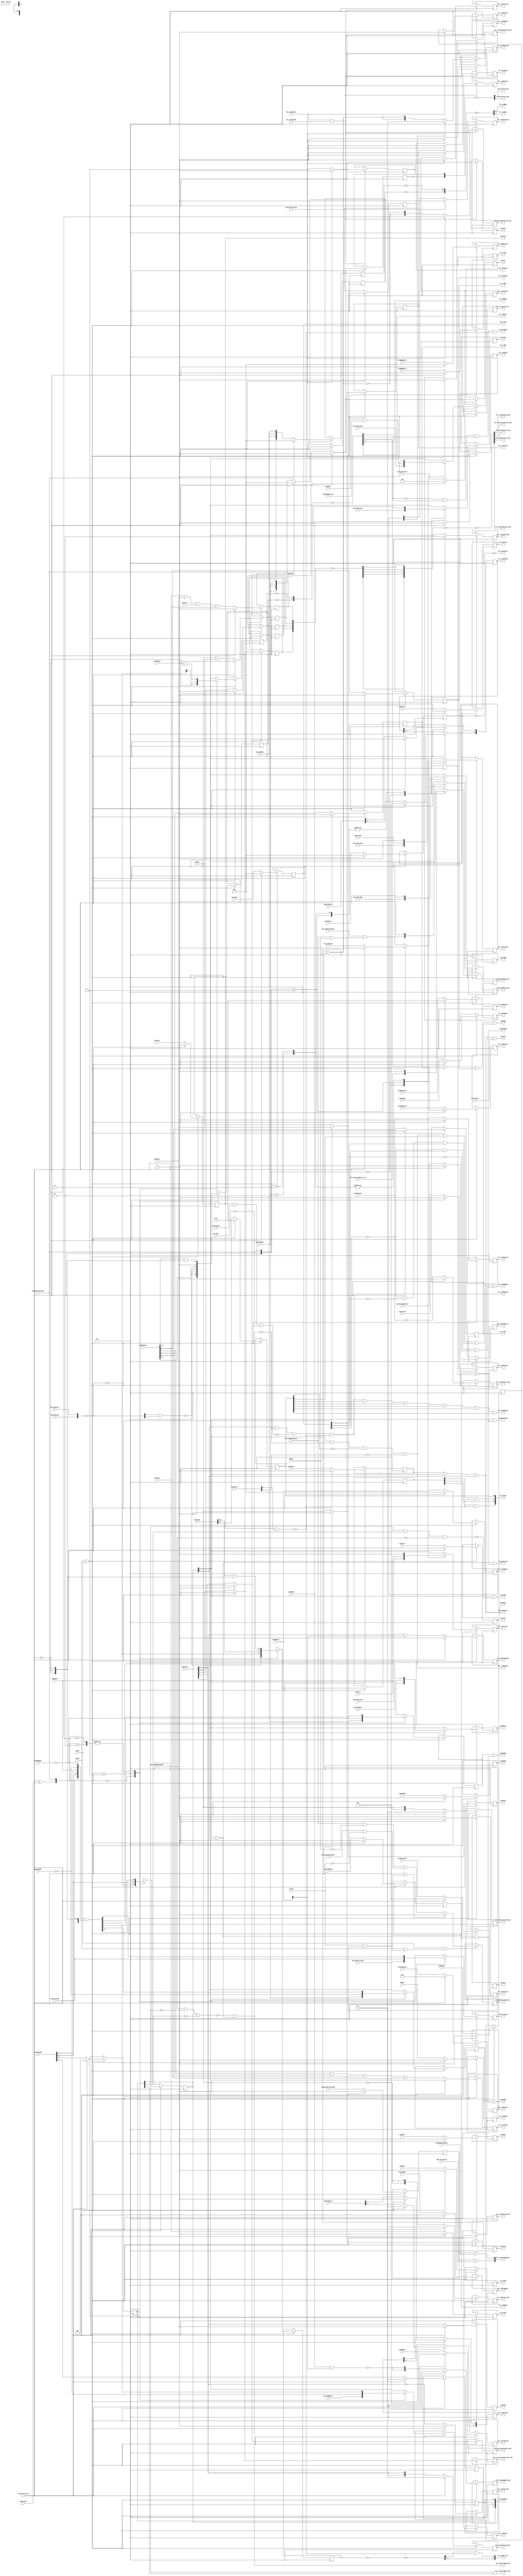
// 
// ************************************************************************** 
// 
//  Copyright (c) International Business Machines Corporation, 2005. 
// 
//  This file contains trade secrets and other proprietary and confidential 
//  information of International Business Machines Corporation which are 
//  protected by copyright and other intellectual property rights and shall 
//  not be reproduced, transferred to other documents, disclosed to others, 
//  or used for any purpose except as specifically authorized in writing by 
//  International Business Machines Corporation. This notice must be 
//  contained as part of this text at all times. 
// 
// ************************************************************************** 
//
// 
module p405s_exeStage (PCL_dcuOp, PCL_dsMmuOp, PCL_exeAdmCntl, PCL_exeCmplmntA, PCL_exeApuOp,
           PCL_exeCpuOp, PCL_exeWrExtEn, PCL_exeLogicalCntl, PCL_exePrivOp,
           PCL_exeSprDataEn_NEG, PCL_exeSrmCntl, PCL_exeXerCaEn, PCL_exeXerOvEn, PCL_icuOp,
           PCL_ldNotSt, PCL_mfSPR, PCL_mtSPR, PCL_nopStringIndexed, PCL_tlbRE, PCL_tlbSX,
           PCL_tlbWE, PCL_tlbWS, exeFull, exeLSSMIURA, exeMfdcr, exeMtdcr, exeRpWrEn,
           exeXerTBCUpdInstr, APU_dcdPrivOp, CB, EXE_xerTBCNotEqZero, APU_dcdApuOp,
           plaVal, dcdRegBit20, dcdXerTBCUpdInstr, exeClearOrFlush, exeE1, exeE2, gtErr,
           plaAdmCntl, plaAddEn, plaCmplmntA, plaDcuOp, plaEaCalc, plaIcuOp, plaWrExtEn,
           plaLSSMIURA, plaLdNotSt, plaLogicalCntl, plaMfdcr, plaMfspr, plaMmuCode,
           plaMtdcr, plaMtspr, plaOeCk, plaPriv, plaRpWrEn, plaSrmCntl, plaUnitEn,
           plaXerCaEn, nxtExeFull, exeStorageOp, plaLwarx, plaStwcx, exeLwarx, exeStwcx,
           NplaApRdEn, NplaBpRdEn, plaSpRdEn, exeApRdEn, exeBpRdEn, exeSpRdEn, plaWrtee,
           PCL_exeWrtee, APU_dcdLoad, APU_dcdStore, APU_dcdUpdate, APU_dcdFpuOp, exeApuFpuOp,
           exeApuFpuLoad, PCL_exe2DataE1, PCL_exe2DataE2, exe2ClearOrFlush, exe2Full,
           PCL_exeNegMac, PCL_exeFpuOp, dcdApuValidOp_NEG, APU_dcdGprWr, PCL_exeApuValidOp,
           plaMac, plaNegMac, exeRpEqexe2RpAddr, PCL_exe2AccRegMuxSel, PCL_exe2NegMac,
           PCL_exe2MacEn, PCL_exe2MultEn, PCL_exe2MultHiWd, PCL_exe2XerOvEn, PCL_exeRbEn,
           PCL_exeDbgRdOp, PCL_exeDbgWrOp, APU_dcdXerCAEn, APU_dcdXerOVEn, dcdMmuSprDcd,
           PCL_mmuSprDcd, exeStrgSt, PCL_exeMultEn, PCL_exeDivEn, PCL_exeLogicalUnitEn_NEG,
           PCL_exeSrmUnitEn_NEG, PCL_exeSprUnitEn_NEG, exeEaCalc, PCL_exeAddEn, PCL_exeMacEn,
           PCL_exeRaEn, PCL_exeStringMultiple, plaGateZeroToAccReg, dcdSecOpBit21L2,
           dcdRSRTL2, PCL_exeTrapCond, exeLoadQ, plaMacSat, PCL_exe2MacSat, exeMmuOp,
           PCL_Rbit, plaSrmBpSel, PCL_exeSrmBpSel, PCL_exe2SignedOp, exeMultEn,
           exeMacEn, PCL_exeDbgLdOp, PCL_exeDbgStOp, APU_dcdRaEn, APU_dcdRbEn,
           APU_dcdForceAlgn, APU_dcdExeLdDepend, exeDivEn, APU_dcdWbLdDepend,
           APU_dcdLwbLdDepend, exeApuExeWbLdUseL2, exeApuExeLwbLdUseL2, PCL_exeMultEn_NEG,
           PCL_exeDivEnForMuxSel, PCL_exeCmplmntA_NEG, PCL_exe2MacOrMultEn_NEG,
           PCL_exe2MacOrMultEnForMS, PCL_exeMultEnForMuxSel, wbHold, ltchDA,
           PCL_exeEaCalc, plaApuLdSt, exeForceAlgn, dcdIcuSprDcd, dcdTimSprDcd,
           PCL_icuSprDcds, PCL_timSprDcds, dcdDbgSprDcd, dcdExeSprDcd, dcdVctSprDcd,
           PCL_dbgSprDcds, PCL_exeSprDcds, PCL_vctSprDcds, resetL2, plaForceAlgn,
           PCL_exeAddSgndOp_NEG, PCL_exeDivSgndOp, PCL_exeDivEn_NEG, PCL_dcuOp_early,
           exeFullForE1_NEG, exe2FullForE1_NEG, APU_dcdTrapLE, APU_dcdTrapBE,
           APU_dcdForceBESteering, exeTrapLE, exeTrapBE, exeForceBESteering,
           PCL_exeMacOrMultEn_NEG, plaMtcrf, LSSD_coreTestEn,
           PCL_exeDivEnForLSSD, IFB_dcdFull, countE1, PCL_exeSrmUnitEnForLSSD,
           exeApuFpuLdSt, PCL_exeLogicalUnitEnForLSSD, exeStrgStC0, PCL_exeTlbOp,
           dcdJtgSprDcd, PCL_jtgSprDcd);
    output [0:11] PCL_dcuOp;
    output [0:7] PCL_exeLogicalCntl;
    output [0:7] exeLSSMIURA;
    output [0:1] PCL_exe2AccRegMuxSel;
    output [0:3] PCL_exeAdmCntl, PCL_exeSrmCntl, PCL_dsMmuOp, PCL_icuOp;
    output [0:3] PCL_exeRbEn, PCL_exeRaEn;
    output [0:8] PCL_mmuSprDcd;
    output [0:2] PCL_exeSrmBpSel;
    output [0:4] PCL_exeTrapCond;
    output [0:1] PCL_exeMultEn_NEG, PCL_exeDivEnForMuxSel, PCL_exeMultEnForMuxSel;
    output [0:1] PCL_exe2MacOrMultEn_NEG, PCL_exe2MacOrMultEnForMS;

    output [0:1] PCL_exeAddSgndOp_NEG;
    output [0:2] PCL_icuSprDcds;    
    
    output [0:5] PCL_timSprDcds;
    output [0:4] PCL_exeSprDcds;

    output [0:5] PCL_vctSprDcds;
      
    output [0:3] PCL_dbgSprDcds;
    output [0:2] PCL_dcuOp_early;
    output PCL_exeCmplmntA, PCL_exeApuOp, PCL_exeCpuOp, PCL_exePrivOp;
    output PCL_exeSprDataEn_NEG, PCL_exeWrExtEn, PCL_nopStringIndexed;
    output PCL_exeXerCaEn, PCL_exeXerOvEn;
    output PCL_ldNotSt, PCL_tlbRE, PCL_tlbSX, PCL_tlbWE, PCL_tlbWS, PCL_exeTlbOp;
    output PCL_mfSPR, PCL_mtSPR, exeMfdcr, exeMtdcr;
    output exeXerTBCUpdInstr, exeRpWrEn, exeApuFpuLdSt;
    output exeStwcx, exeLwarx, exeStorageOp, exeFull;
    output exeApRdEn, exeBpRdEn, exeSpRdEn, exe2Full;
    output exeApuFpuOp, exeApuFpuLoad, PCL_exeWrtee;
    output PCL_exe2NegMac, PCL_exeApuValidOp, PCL_exeFpuOp, PCL_exeNegMac;
    output PCL_exe2XerOvEn, PCL_exe2MultHiWd, PCL_exe2MacEn, PCL_exe2MultEn;
    output PCL_exeDbgWrOp, PCL_exeDbgRdOp, PCL_exeLogicalUnitEnForLSSD;
    output PCL_exeDivEn, PCL_exeMultEn, PCL_exeDivEnForLSSD, PCL_exeSrmUnitEnForLSSD;
    output PCL_exeSrmUnitEn_NEG, PCL_exeSprUnitEn_NEG, PCL_exeLogicalUnitEn_NEG;
    output PCL_exe2MacSat, PCL_exeStringMultiple, PCL_exeMacEn, PCL_exeAddEn;
    output PCL_exeDbgLdOp, PCL_exeDbgStOp, PCL_exe2SignedOp, exeMmuOp, exeLoadQ;
    output exeApuExeWbLdUseL2, exeApuExeLwbLdUseL2, exeDivEn, exeMacEn, exeMultEn;
    output exeFullForE1_NEG, PCL_exeDivEn_NEG, PCL_exeDivSgndOp, exe2FullForE1_NEG;
    output exeTrapLE, exeTrapBE, exeForceBESteering, exeForceAlgn, PCL_exeMacOrMultEn_NEG;
    output PCL_exeCmplmntA_NEG, PCL_exeEaCalc, exeEaCalc, countE1, PCL_jtgSprDcd;

    input       CB;
    input [0:11] plaDcuOp;
    input [0:3] plaIcuOp;
    input [0:7] plaLSSMIURA;
    input [0:7] plaLogicalCntl;
    input [0:6] plaMmuCode;
    input [0:3] plaAdmCntl;
    input [0:3] plaSrmCntl;
    input [0:4] plaUnitEn;
    input [0:8] dcdMmuSprDcd;
    input [1:2] exeStrgSt;
    input [0:4] dcdRSRTL2;
    input [0:5] dcdTimSprDcd;

    input [0:2] dcdIcuSprDcd;
        
    input [0:3] dcdDbgSprDcd;
    input [0:4] dcdExeSprDcd;
    
    input [0:5] dcdVctSprDcd;        // Took out MCSRS bit
        
    input [0:2] plaSrmBpSel;
    input plaAddEn, plaCmplmntA, plaEaCalc, plaWrExtEn;
    input plaMfdcr, plaMfspr, plaMtdcr, plaMtspr;
    input plaOeCk, plaVal, plaPriv, plaXerCaEn;
    input plaLwarx, plaStwcx, plaLdNotSt, plaWrtee, plaGateZeroToAccReg;
    input NplaApRdEn, NplaBpRdEn, plaSpRdEn, plaRpWrEn;
    input plaMac, plaNegMac, plaMacSat, plaApuLdSt, plaForceAlgn, plaMtcrf;
    input APU_dcdLoad, APU_dcdStore, APU_dcdApuOp, APU_dcdFpuOp, dcdApuValidOp_NEG;
    input APU_dcdPrivOp, APU_dcdUpdate, APU_dcdGprWr, APU_dcdXerCAEn, APU_dcdXerOVEn;
    input APU_dcdRaEn, APU_dcdRbEn, APU_dcdForceAlgn;
    input APU_dcdExeLdDepend, APU_dcdWbLdDepend, APU_dcdLwbLdDepend;
    input APU_dcdTrapLE, APU_dcdTrapBE, APU_dcdForceBESteering;
    input dcdRegBit20, dcdSecOpBit21L2, dcdXerTBCUpdInstr, exeStrgStC0, dcdJtgSprDcd;
    input exeClearOrFlush, exe2ClearOrFlush, exeRpEqexe2RpAddr, exeE1, exeE2, gtErr;
    input PCL_exe2DataE1, PCL_exe2DataE2, EXE_xerTBCNotEqZero, IFB_dcdFull;
    input ltchDA, resetL2, wbHold, PCL_Rbit, nxtExeFull,  LSSD_coreTestEn;

wire dcdXerOvEn, exeStrgLS, dcdSprDataEn;
wire exeStwcxC0, exeStwcxC1, dcdTlbOp;
wire apuExeWbUseIn, apuExeLwbUseIn, exeLwbUseClear, dcdApuLdOrSt;
reg exeFullForE1L2;

reg exeMacOrMultEnL2_NEG_i;
reg exeSprDataEnL2_NEG_i;
wire exeMacOrMultEnL2_NEG;
wire exeSprDataEnL2_NEG;

wire dcdLdNotSt;
wire [0:2] dcdDcuOp;
wire [0:3] exeDsMmuOp;
reg [0:3] exeIcuOp;
reg [0:11] exeDcuOp;
wire [1:3] dcdDsMmuOp;
wire [0:4] exeEUnitEn;
wire [0:6] apuLdStOptions;
reg [0:3] exeRaEn_NEG_i;
reg [0:3] exeRbEn_NEG_i;
wire [0:3] exeRaEn_NEG;
wire [0:3] exeRbEn_NEG;

wire dcdApuLoad_NEG, dcdApuStore_NEG, dcdApuLoad, dcdApuStore;

reg exeApuExeLwbLdUseL2_i;
reg exeApRdEnL2, exeBpRdEnL2;
reg exeRpWrEn;
reg [0:7] exeLSSMIURA_i;
reg exeForceAlgn;
reg PCL_exeApuValidOp;
reg exeApuExeWbLdUseL2;
reg PCL_exePrivOp;
reg PCL_exeXerOvEn_i;
reg PCL_exeXerCaEn;
reg exeTrapLE;
reg exeTrapBE;
reg exeForceBESteering;
reg [0:5] PCL_vctSprDcds;
reg [0:2] PCL_icuSprDcds;    
reg [0:5] PCL_timSprDcds;
reg PCL_tlbRE_i;
reg PCL_tlbWE_i;
reg PCL_tlbSX_i;
reg PCL_tlbWS;
reg PCL_exeTlbOp;
reg [0:8] PCL_mmuSprDcd;
reg [0:3] PCL_dbgSprDcds;
reg [0:4] PCL_exeSprDcds;
reg PCL_jtgSprDcd;
reg PCL_exeMultEn_i;
reg PCL_exeDivEn;
reg PCL_exeDivEnForLSSD;
reg PCL_exeMacEn_i;
reg PCL_exeAddEn;
reg PCL_exeCmplmntA;
reg [0:3] PCL_exeAdmCntl_i;
reg [0:7] PCL_exeLogicalCntl;
reg [0:4] PCL_exeTrapCond;
reg [0:2] PCL_exeSrmBpSel;
reg PCL_exeLogicalUnitEnForLSSD;
reg PCL_exeSrmUnitEnForLSSD;
reg exeXerTBCUpdInstr;
reg PCL_exeApuOp_i;
reg PCL_exeCpuOp;
reg PCL_mfSPR;
reg PCL_mtSPR;
reg exeMfdcr;
reg exeMtdcr;
reg PCL_exeWrExtEn;
reg PCL_exeWrtee;
reg exeFull;
reg exeLwarx;
reg exeStwcx_i;
reg exeSpRdEn;
reg PCL_exeFpuOp_i;
reg exeGateZeroToAccReg;
reg exeMacSat;
reg exeMultEn_i;
reg exeMacEn_i;
reg exeEaCalcL2;
reg PCL_exeNegMac_i;
reg exeDivEn;
wire [0:2] issue210_dcuOp_early;
wire dcdAddSgndOp_NEG, dcdDivSgndOp, dcdMacOrMultEn;

reg [0:2] exeDcuOp_early_i;
wire [0:2] exeDcuOp_early;

reg [0:3] exeDsMmuOp_NEG_i;
reg exeLdNotSt_NEG_i;
wire [0:3] exeDsMmuOp_NEG;
wire exeLdNotSt_NEG;

wire [0:3] exeSrmCntlL2_NEG;
reg [0:3] exeSrmCntlL2_NEG_i;

reg exe2FullForE1L2;
reg [0:1] PCL_exe2MacOrMultEnForMS;
reg [0:1] PCL_exe2MacOrMultEn_NEG;

reg exeLogicalUnitEnL2_NEG_i;
reg exeSrmUnitEnL2_NEG_i;
reg exeSprUnitEnL2_NEG_i;
wire exeLogicalUnitEnL2_NEG;
wire exeSrmUnitEnL2_NEG;
wire exeSprUnitEnL2_NEG;

reg [0:1] PCL_exeMultEn_NEG;
reg [0:1] PCL_exeMultEnForMuxSel;
reg PCL_exeDivEn_NEG;
reg [0:1] PCL_exeDivEnForMuxSel;
reg PCL_exeCmplmntA_NEG;
reg [0:1] PCL_exeAddSgndOp_NEG;
reg PCL_exeDivSgndOp;
reg exe2Full;
reg PCL_exe2NegMac;
reg PCL_exe2MultEn;
reg PCL_exe2MacEn;
reg PCL_exe2MultHiWd;
reg PCL_exe2XerOvEn;
reg PCL_exe2MacSat;
reg PCL_exe2SignedOp;
wire PCL_nopStringIndexed_i;

assign PCL_nopStringIndexed = PCL_nopStringIndexed_i;
assign exeApuExeLwbLdUseL2 = exeApuExeLwbLdUseL2_i;
assign exeLSSMIURA = exeLSSMIURA_i;
assign PCL_exeXerOvEn = PCL_exeXerOvEn_i;
assign PCL_tlbRE = PCL_tlbRE_i;
assign PCL_tlbWE = PCL_tlbWE_i;
assign PCL_tlbSX = PCL_tlbSX_i;
assign PCL_exeMultEn = PCL_exeMultEn_i;
assign PCL_exeMacEn = PCL_exeMacEn_i;
assign PCL_exeAdmCntl = PCL_exeAdmCntl_i;
assign PCL_exeApuOp = PCL_exeApuOp_i;
assign exeStwcx = exeStwcx_i;
assign PCL_exeFpuOp = PCL_exeFpuOp_i;
assign exeMultEn = exeMultEn_i;
assign exeMacEn = exeMacEn_i;
assign PCL_exeNegMac = PCL_exeNegMac_i;

//***********************************************************************************************//
//................................COBRA Changes..................................................//
//***********************************************************************************************//
//
//    Date              By Whom                    Description
// ~~~~~~~~~           ~~~~~~~~~              ~~~~~~~~~~~~~~~~~~~~~~~
//  06/05/01             JBB          Initial changes made per Cobra Workbook:
//
//                                    Widened dp_regPCL_exeCacheCntl to accomodate
//                                    new bits for MCSR/MCSRS                                        
//----------------------------------------------------------------------------------------------------         
//  08/28/01             JBB          Modified input and output bits of dp_regPCL_exeCacheCntl
//                                    for Formality compatibility (added bits in first)
//                                    (defect 1861)
//----------------------------------------------------------------------------------------------------         
//  09/24/01             JBB          Added fixes for Prowler Pass 2 issues 209 and 210
//                       (from SBP)   (defect 1901)
//----------------------------------------------------------------------------------------------------
//  10/05/01             JBB          (1) Widened dp_regPCL_exeCacheCntl again for the CCR1 decode
//                                        spr bit (was 7 bits wide, made it 8 bits wide). 
//                                    (2) Added another bit for the output to ICU (PCL_icuSprDcds[2]).
//                                        Put new bits first (Formality reasons).
//                                        (defect 1935)
//----------------------------------------------------------------------------------------------------
//  10/11/01             JBB          (1) Corrected a mistake in previous change.  Made dcdIcuSprDcd
//                                        wider and narrowed dcdVctSprDcd by 1 bit.  
//                                    (2) Did the same to outputs PCL_vctSprDcds and PCL_icuSprDcds
//                                        which come out of dp_regPCL_exeCacheCntl. Changed its width
//                                        to 29 bits (from 30 bits)
//                                        (defect 1955)
//----------------------------------------------------------------------------------------------------
//  10/17/01             JBB          Took out the bit in dcdVctSprDcd and PCL_vctSprDcds
//                                    for MCSRS in i/o list and in regPCL_exeCacheCntl
//                                    (defect 1971)
//----------------------------------------------------------------------------------------------------                    

//****************************************************************************************************
//Removed the module dp_logPCL_dcdApuLdStInv  
assign {dcdApuLoad_NEG, dcdApuStore_NEG} = ~{APU_dcdLoad, APU_dcdStore};

//Removed the module dp_logPCL_dcdApuLdStInv1  
assign {dcdApuLoad, dcdApuStore} = ~{dcdApuLoad_NEG, dcdApuStore_NEG};

assign dcdXerOvEn = (plaOeCk & dcdSecOpBit21L2);
assign dcdApuLdOrSt = ~(dcdApuLoad_NEG & dcdApuStore_NEG);
assign dcdSprDataEn = plaMtspr | plaMtdcr | plaMtcrf | plaMmuCode[5];
assign exeStwcxC0 = exeStwcx_i & exeStrgStC0;
assign exeStwcxC1 = exeStwcx_i & exeStrgSt[2];
assign exeStrgLS = exeStrgSt[1];

//************************************************************************
// APU Control Latch
//************************************************************************
assign apuExeWbUseIn = APU_dcdExeLdDepend | (APU_dcdWbLdDepend & wbHold);
assign apuExeLwbUseIn = (APU_dcdWbLdDepend & ~wbHold) | (APU_dcdLwbLdDepend & ~ltchDA);
assign exeLwbUseClear = ltchDA & exeApuExeLwbLdUseL2_i;

//Removed the module dp_regPCL_exeApuCntl0  
always @(posedge CB)
  begin: dp_regPCL_exeApuCntl0_PROC
    if (exeE1 & (exeE2 | exeLwbUseClear))
      begin
        if (exeClearOrFlush | exeLwbUseClear)
          exeApuExeLwbLdUseL2_i <= 1'b0;
        else
          exeApuExeLwbLdUseL2_i <= apuExeLwbUseIn;
      end
  end // dp_regPCL_exeApuCntl0_PROC

assign apuLdStOptions[0:6] = {plaForceAlgn, plaLSSMIURA[0], plaLSSMIURA[1],
                              plaLSSMIURA[5], plaRpWrEn, ~NplaApRdEn, ~NplaBpRdEn} &
                             {7{~exeClearOrFlush}};

assign dcdDcuOp[0:2] = plaDcuOp[0:2] & {3{~exeClearOrFlush}};
assign dcdDsMmuOp[1:3] = plaMmuCode[1:3] & {3{~exeClearOrFlush}};
assign dcdLdNotSt = plaLdNotSt & ~exeClearOrFlush;
assign dcdTlbOp = plaMmuCode[0] | plaMmuCode[4] | plaMmuCode[5] | plaMmuCode[6];

//Removed the module dp_regPCL_exeApuCntl2 
always @(posedge CB)
  begin: dp_regPCL_exeApuCntl2_PROC
    if (exeE1 & exeE2)
      begin
        case ({(exeClearOrFlush | plaApuLdSt), dcdApuValidOp_NEG})
          2'b00: {exeForceAlgn, exeLSSMIURA_i[0], exeLSSMIURA_i[1], exeLSSMIURA_i[5], exeRpWrEn,
                  exeApRdEnL2, exeBpRdEnL2, exeDcuOp[0:2]} <= 
                        {APU_dcdForceAlgn, dcdApuLoad, dcdApuStore, APU_dcdUpdate, APU_dcdGprWr,
                        APU_dcdRaEn, APU_dcdRbEn, dcdApuLdOrSt, dcdApuLoad, dcdApuStore};
          2'b01: {exeForceAlgn, exeLSSMIURA_i[0], exeLSSMIURA_i[1], exeLSSMIURA_i[5], exeRpWrEn,
                  exeApRdEnL2, exeBpRdEnL2, exeDcuOp[0:2]} <= 
                        {plaForceAlgn, plaLSSMIURA[0], plaLSSMIURA[1], plaLSSMIURA[5], plaRpWrEn,
                        ~NplaApRdEn, ~NplaBpRdEn, plaDcuOp[0:2]};
          2'b10: {exeForceAlgn, exeLSSMIURA_i[0], exeLSSMIURA_i[1], exeLSSMIURA_i[5], exeRpWrEn,
                  exeApRdEnL2, exeBpRdEnL2, exeDcuOp[0:2]} <= {apuLdStOptions,dcdDcuOp};
          2'b11: {exeForceAlgn, exeLSSMIURA_i[0], exeLSSMIURA_i[1], exeLSSMIURA_i[5], exeRpWrEn,
                  exeApRdEnL2, exeBpRdEnL2, exeDcuOp[0:2]} <= {apuLdStOptions, dcdDcuOp};
          default: {exeForceAlgn, exeLSSMIURA_i[0], exeLSSMIURA_i[1], exeLSSMIURA_i[5], exeRpWrEn,
                  exeApRdEnL2, exeBpRdEnL2, exeDcuOp[0:2]} <= 10'bx;  
        endcase
      end
  end // dp_regPCL_exeApuCntl2_PROC

//Removed the module dp_regPCL_exeApuCntl1 
always @(posedge CB)
  begin: dp_regPCL_exeApuCntl1_PROC
    if (exeE1 & exeE2)
      begin
        case ({exeClearOrFlush, dcdApuValidOp_NEG})
          2'b00: {PCL_exeApuValidOp, exeApuExeWbLdUseL2, PCL_exePrivOp, PCL_exeXerOvEn_i,
                  PCL_exeXerCaEn, exeTrapLE, exeTrapBE, exeForceBESteering} <= 
                        {1'b1, apuExeWbUseIn, APU_dcdPrivOp,
                         APU_dcdXerOVEn, APU_dcdXerCAEn, APU_dcdTrapLE, 
                         APU_dcdTrapBE, APU_dcdForceBESteering};
          2'b01: {PCL_exeApuValidOp, exeApuExeWbLdUseL2, PCL_exePrivOp, PCL_exeXerOvEn_i,
                  PCL_exeXerCaEn, exeTrapLE, exeTrapBE, exeForceBESteering} <= 
                        {2'b0, plaPriv, dcdXerOvEn, plaXerCaEn, 3'b0};
          2'b10: {PCL_exeApuValidOp, exeApuExeWbLdUseL2, PCL_exePrivOp, PCL_exeXerOvEn_i,
                  PCL_exeXerCaEn, exeTrapLE, exeTrapBE, exeForceBESteering} <= 8'b0;
          2'b11: {PCL_exeApuValidOp, exeApuExeWbLdUseL2, PCL_exePrivOp, PCL_exeXerOvEn_i,
                  PCL_exeXerCaEn, exeTrapLE, exeTrapBE, exeForceBESteering} <= 8'b0;
          default: {PCL_exeApuValidOp, exeApuExeWbLdUseL2, PCL_exePrivOp, PCL_exeXerOvEn_i,
                  PCL_exeXerCaEn, exeTrapLE, exeTrapBE, exeForceBESteering} <= 8'bx;  
        endcase
      end
  end // dp_regPCL_exeApuCntl1_PROC

//************************************************************************
// Cache MMU Control Latch
//************************************************************************

//Removed the module dp_regPCL_exeCacheCntl  
always @(posedge CB)
  begin: dp_regPCL_exeCacheCntl_PROC
    if (exeE1 & exeE2)
      begin
        if (exeClearOrFlush)
          {PCL_icuSprDcds[2],
	   PCL_vctSprDcds[5],
           exeIcuOp[0:3], 
           exeDcuOp[3:11],
           PCL_icuSprDcds[0:1], 
           PCL_timSprDcds[0:5],
           PCL_vctSprDcds[0:4]} <= 28'b0;
        else
          {PCL_icuSprDcds[2],
	   PCL_vctSprDcds[5],
           exeIcuOp[0:3], 
           exeDcuOp[3:11],
           PCL_icuSprDcds[0:1], 
           PCL_timSprDcds[0:5],
           PCL_vctSprDcds[0:4]} <= {dcdIcuSprDcd[2], 
	                            dcdVctSprDcd[5],
                                    plaIcuOp[0:3],
                                    plaDcuOp[3:11],
                                    dcdIcuSprDcd[0:1], 
                                    dcdTimSprDcd[0:5],
                                    dcdVctSprDcd[0:4]};
      end
  end // dp_regPCL_exeCacheCntl_PROC


//************************************************************************
// MMU Control Latch
//************************************************************************
//Removed the module dp_regPCL_exeCacheCntl  
always @(posedge CB)
  begin: dp_regPCL_exeMmuCntl_PROC
    if (exeE1 & exeE2)
      begin
        if (exeClearOrFlush)
          {PCL_tlbRE_i, 
           PCL_tlbWE_i, 
           PCL_tlbSX_i, 
           PCL_tlbWS, 
           PCL_exeTlbOp, 
           PCL_mmuSprDcd,
           PCL_dbgSprDcds, 
           PCL_exeSprDcds, 
           PCL_jtgSprDcd} <= 24'b0;
        else
          {PCL_tlbRE_i, 
           PCL_tlbWE_i, 
           PCL_tlbSX_i, 
           PCL_tlbWS, 
           PCL_exeTlbOp, 
           PCL_mmuSprDcd,
           PCL_dbgSprDcds, 
           PCL_exeSprDcds, 
           PCL_jtgSprDcd} <= {plaMmuCode[4:6], 
                              dcdRegBit20, 
                              dcdTlbOp, 
                              dcdMmuSprDcd, 
                              dcdDbgSprDcd,
                              dcdExeSprDcd, 
                              dcdJtgSprDcd};
      end
  end // dp_regPCL_exeMmuCntl_PROC

//************************************************************************
// EXE Unit Control Latch
//************************************************************************
//Removed the module dp_regPCL_exeUnitCntl  
always @(posedge CB)
  begin: dp_regPCL_exeUnitCntl_PROC
    if (exeE1 & exeE2)
      begin
        if (exeClearOrFlush)
          {PCL_exeMultEn_i, 
           PCL_exeDivEn, 
           PCL_exeMacEn_i, 
           PCL_exeAddEn, 
           PCL_exeCmplmntA,
           PCL_exeAdmCntl_i, 
           PCL_exeLogicalCntl,
           PCL_exeTrapCond, 
           PCL_exeSrmBpSel, 
           PCL_exeDivEnForLSSD,
           PCL_exeLogicalUnitEnForLSSD, 
           PCL_exeSrmUnitEnForLSSD} <= 28'b0;
        else
          {PCL_exeMultEn_i, 
           PCL_exeDivEn, 
           PCL_exeMacEn_i, 
           PCL_exeAddEn, 
           PCL_exeCmplmntA,
           PCL_exeAdmCntl_i, 
           PCL_exeLogicalCntl,
           PCL_exeTrapCond, 
           PCL_exeSrmBpSel, 
           PCL_exeDivEnForLSSD,
           PCL_exeLogicalUnitEnForLSSD, 
           PCL_exeSrmUnitEnForLSSD} <= {plaUnitEn[0:1], 
                                        plaMac, 
                                        plaAddEn, 
                                        plaCmplmntA, 
                                        plaAdmCntl, 
                                        plaLogicalCntl,
                                        dcdRSRTL2, 
                                        plaSrmBpSel, 
                                        plaUnitEn[1:3]};
      end
  end // dp_regPCL_exeUnitCntl_PROC

//************************************************************************
// storage/spr/VCT Control Latch
//************************************************************************
//Removed the module dp_regPCL_strgSprVct 
always @(posedge CB)
  begin: dp_regPCL_strgSprVct_PROC
    if (exeE1 & exeE2)
      begin
        if (exeClearOrFlush)
          {exeLSSMIURA_i[2:4], 
           exeLSSMIURA_i[6:7],
           exeXerTBCUpdInstr, 
           PCL_exeApuOp_i, 
           PCL_exeCpuOp,
           PCL_mfSPR, 
           PCL_mtSPR, 
           exeMfdcr, 
           exeMtdcr, 
           PCL_exeWrExtEn, 
           PCL_exeWrtee, 
           exeFull,
           exeLwarx, 
           exeStwcx_i, 
           exeSpRdEn, 
           PCL_exeFpuOp_i, 
           exeGateZeroToAccReg,
           exeMacSat, 
           exeMultEn_i, 
           exeMacEn_i, 
           exeEaCalcL2, 
           PCL_exeNegMac_i, 
           exeDivEn} <= 26'b0;
        else
          {exeLSSMIURA_i[2:4], 
           exeLSSMIURA_i[6:7],
           exeXerTBCUpdInstr, 
           PCL_exeApuOp_i, 
           PCL_exeCpuOp,
           PCL_mfSPR, 
           PCL_mtSPR, 
           exeMfdcr, 
           exeMtdcr, 
           PCL_exeWrExtEn, 
           PCL_exeWrtee, 
           exeFull,
           exeLwarx, 
           exeStwcx_i, 
           exeSpRdEn, 
           PCL_exeFpuOp_i, 
           exeGateZeroToAccReg,
           exeMacSat, 
           exeMultEn_i, 
           exeMacEn_i, 
           exeEaCalcL2, 
           PCL_exeNegMac_i, 
           exeDivEn} <= {plaLSSMIURA[2:4], 
                         plaLSSMIURA[6:7], 
                         dcdXerTBCUpdInstr, 
                         APU_dcdApuOp, 
                         plaVal,
                         plaMfspr, 
                         plaMtspr, 
                         plaMfdcr, 
                         plaMtdcr, 
                         plaWrExtEn, 
                         plaWrtee, 
                         nxtExeFull,
                         plaLwarx, 
                         plaStwcx, 
                         plaSpRdEn, 
                         APU_dcdFpuOp, 
                         plaGateZeroToAccReg,
                         plaMacSat,
                         plaUnitEn[0],
                         plaMac,
                         plaEaCalc,
                         plaNegMac, 
                         plaUnitEn[1]};
      end
  end // dp_regPCL_strgSprVct_PROC
  
//************************************************************************
// EXE2 Unit Control Latch
//************************************************************************
//Removed the module dp_regPCL_exe2Stage
always @(posedge CB)
  begin: dp_regPCL_exe2Stage_PROC
    if (PCL_exe2DataE1 & PCL_exe2DataE2)
      begin
        if (exe2ClearOrFlush)
          {exe2Full,
           PCL_exe2NegMac,
           PCL_exe2MultEn,
           PCL_exe2MacEn,
           PCL_exe2MultHiWd,
           PCL_exe2XerOvEn,
           PCL_exe2MacSat,
           PCL_exe2SignedOp} <= 8'b0;
        else
          {exe2Full,
           PCL_exe2NegMac,
           PCL_exe2MultEn,
           PCL_exe2MacEn,
           PCL_exe2MultHiWd,
           PCL_exe2XerOvEn,
           PCL_exe2MacSat,
           PCL_exe2SignedOp} <= {1'b1,
                                 PCL_exeNegMac_i,
                                 PCL_exeMultEn_i,
                                 PCL_exeMacEn_i,
                                 PCL_exeAdmCntl_i[3],
                                 PCL_exeXerOvEn_i,
                                 exeMacSat,
                                 PCL_exeAdmCntl_i[2]};
      end
  end // dp_regPCL_exe2Stage_PROC
  
//************************************************************************
// EXE Unit High power Latch
//************************************************************************
assign dcdAddSgndOp_NEG = ~(plaAddEn & plaAdmCntl[2]);
assign dcdDivSgndOp = plaUnitEn[1] & plaAdmCntl[2];
assign dcdMacOrMultEn = plaUnitEn[0] | plaMac;

//Removed the module dp_regPCL_exeHiPwr 
always @(posedge CB)
  begin: dp_regPCL_exeHiPwr_PROC
    if (exeE1 & exeE2)
      begin
        if (exeClearOrFlush)
          {exeFullForE1L2, 
           PCL_exeMultEn_NEG, 
           PCL_exeMultEnForMuxSel,
           PCL_exeDivEn_NEG, 
           PCL_exeDivEnForMuxSel, 
           PCL_exeCmplmntA_NEG,
           PCL_exeAddSgndOp_NEG, 
           PCL_exeDivSgndOp} <= 12'h0;
        else
          {exeFullForE1L2, 
           PCL_exeMultEn_NEG, 
           PCL_exeMultEnForMuxSel,
           PCL_exeDivEn_NEG, 
           PCL_exeDivEnForMuxSel, 
           PCL_exeCmplmntA_NEG,
           PCL_exeAddSgndOp_NEG, 
           PCL_exeDivSgndOp} <= {nxtExeFull, 
                                 ~plaUnitEn[0], 
                                 ~plaUnitEn[0], 
                                 plaUnitEn[0], 
                                 plaUnitEn[0],
                                 ~plaUnitEn[1], 
                                 plaUnitEn[1],
                                 plaUnitEn[1], 
                                 ~plaCmplmntA,
                                 dcdAddSgndOp_NEG,
                                 dcdAddSgndOp_NEG, 
                                 dcdDivSgndOp};
      end
  end // dp_regPCL_exeHiPwr_PROC

//Removed the module dp_regPCL_eUnitEn 
always @(posedge CB)
  begin: dp_regPCL_eUnitEn_PROC
    if (exeE1 & exeE2)
      begin
        if (exeClearOrFlush)
          {exeLogicalUnitEnL2_NEG_i, 
           exeSrmUnitEnL2_NEG_i, 
           exeSprUnitEnL2_NEG_i, 
           exeMacOrMultEnL2_NEG_i,
           exeSprDataEnL2_NEG_i} <= 5'h0;
        else
          {exeLogicalUnitEnL2_NEG_i, 
           exeSrmUnitEnL2_NEG_i, 
           exeSprUnitEnL2_NEG_i, 
           exeMacOrMultEnL2_NEG_i,
           exeSprDataEnL2_NEG_i} <= {plaUnitEn[2:4], dcdMacOrMultEn, dcdSprDataEn};
      end
  end // dp_regPCL_eUnitEn_PROC

assign {exeLogicalUnitEnL2_NEG, 
           exeSrmUnitEnL2_NEG, 
           exeSprUnitEnL2_NEG, 
           exeMacOrMultEnL2_NEG,
           exeSprDataEnL2_NEG} =
       ~{exeLogicalUnitEnL2_NEG_i, 
           exeSrmUnitEnL2_NEG_i, 
           exeSprUnitEnL2_NEG_i, 
           exeMacOrMultEnL2_NEG_i,
           exeSprDataEnL2_NEG_i};
           
//Removed the module dp_logPCL_eUnitEnInv 
assign exeEUnitEn = ~{exeSprDataEnL2_NEG, exeSprUnitEnL2_NEG, 
                     exeSrmUnitEnL2_NEG, exeLogicalUnitEnL2_NEG,
                     exeMacOrMultEnL2_NEG};

//Removed the module dp_logPCL_eUnitEnInv1  
assign {PCL_exeSprDataEn_NEG, PCL_exeSprUnitEn_NEG, PCL_exeSrmUnitEn_NEG,
        PCL_exeLogicalUnitEn_NEG, PCL_exeMacOrMultEn_NEG} = ~exeEUnitEn;      

//Removed the module dp_regPCL_exeApuHiPwr 
always @(posedge CB)
  begin: dp_regPCL_exeApuHiPwr_PROC
    if (exeE1 & exeE2)
      begin
        case ({(exeClearOrFlush | plaApuLdSt), dcdApuValidOp_NEG})
          2'b00 : exeDcuOp_early_i <= {dcdApuLdOrSt, dcdApuLoad, dcdApuStore};
          2'b01 : exeDcuOp_early_i <= plaDcuOp[0:2];
          2'b10 : exeDcuOp_early_i <= dcdDcuOp;
          2'b11 : exeDcuOp_early_i <= dcdDcuOp;
          default : exeDcuOp_early_i <= 3'bxxx;
        endcase
      end
  end // dp_regPCL_exeApuHiPwr_PROC

assign exeDcuOp_early = ~exeDcuOp_early_i;
  
//Removed the module dp_logPCL_exeDcuOpEarlyINV 
assign issue210_dcuOp_early = ~exeDcuOp_early;

assign PCL_dcuOp_early[0:2] = {issue210_dcuOp_early[0:1], (issue210_dcuOp_early[2] & ~exeStwcxC1)};

//Removed the module dp_regPCL_exeMmuHiPwr 
always @(posedge CB)
  begin: dp_regPCL_exeMmuHiPwr_PROC
    if (exeE1 & exeE2)
      begin
        case ({(exeClearOrFlush | plaApuLdSt), dcdApuValidOp_NEG})
          2'b00 : {exeDsMmuOp_NEG_i, exeLdNotSt_NEG_i} <= {1'b0, {3{dcdApuLdOrSt}}, dcdApuLoad};
          2'b01 : {exeDsMmuOp_NEG_i, exeLdNotSt_NEG_i} <= {plaMmuCode[0:3], plaLdNotSt};
          2'b10 : {exeDsMmuOp_NEG_i, exeLdNotSt_NEG_i} <= {1'b0, dcdDsMmuOp[1:3], dcdLdNotSt};
          2'b11 : {exeDsMmuOp_NEG_i, exeLdNotSt_NEG_i} <= {1'b0, dcdDsMmuOp[1:3], dcdLdNotSt};
          default : {exeDsMmuOp_NEG_i, exeLdNotSt_NEG_i} <= 5'bxxxxx;
        endcase
      end
  end // dp_regPCL_exeMmuHiPwr_PROC
  
assign exeDsMmuOp_NEG = ~exeDsMmuOp_NEG_i;
assign exeLdNotSt_NEG = ~exeLdNotSt_NEG_i;

//Removed the module dp_logPCL_exeMmuOpEarlyINV
assign {exeDsMmuOp[0:3],PCL_ldNotSt} = ~{exeDsMmuOp_NEG,exeLdNotSt_NEG};

//Removed the module dp_regPCL_exeSrmCntl 
always @(posedge CB)
  begin: dp_regPCL_exeSrmCntl_PROC
    if (exeE1 & exeE2)
      begin
        if (exeClearOrFlush)
          exeSrmCntlL2_NEG_i <= 4'h0;
        else
          exeSrmCntlL2_NEG_i <= plaSrmCntl;
      end
  end // dp_regPCL_exeSrmCntl_PROC

assign exeSrmCntlL2_NEG = ~exeSrmCntlL2_NEG_i;

//Removed the module dp_logPCL_exeSrmCntlInv 
assign PCL_exeSrmCntl = ~exeSrmCntlL2_NEG;

//Removed the module dp_regPCL_exeRaRbEn 
always @(posedge CB)
  begin: dp_regPCL_exeRaRbEn_PROC
    if (exeE1 & exeE2)
      begin
        if (dcdApuValidOp_NEG)
          {exeRaEn_NEG_i, exeRbEn_NEG_i} <= 8'h0;
        else
          {exeRaEn_NEG_i, exeRbEn_NEG_i} <= {{4{APU_dcdRaEn}}, {4{APU_dcdRbEn}}};
      end
  end // dp_regPCL_exeRaRbEn_PROC

assign exeRaEn_NEG = ~exeRaEn_NEG_i;
assign exeRbEn_NEG = ~exeRbEn_NEG_i;

//Removed the module dp_logPCL_exeRaRbEnInv 
assign {PCL_exeRaEn, PCL_exeRbEn} = ~{exeRaEn_NEG, exeRbEn_NEG};

//************************************************************************
// EXE2 Unit High power Latch
//************************************************************************
//Removed the module dp_regPCL_exe2HiPwr 
always @(posedge CB)
  begin: dp_regPCL_exe2HiPwr_PROC
    if (PCL_exe2DataE1 & PCL_exe2DataE2)
      begin
        if (exe2ClearOrFlush)
          {exe2FullForE1L2, PCL_exe2MacOrMultEnForMS, PCL_exe2MacOrMultEn_NEG} <= 5'b00011;
        else
          {exe2FullForE1L2, PCL_exe2MacOrMultEnForMS, PCL_exe2MacOrMultEn_NEG} <= 
              {1'b1, {2{(exeMultEn_i |  exeMacEn_i)}}, {2{(~(exeMultEn_i |  exeMacEn_i))}}};
      end
  end // dp_regPCL_exe2HiPwr_PROC

//Removed the module dp_logPCL_exeStageInv
assign {exeFullForE1_NEG, exe2FullForE1_NEG} = ~{exeFullForE1L2, exe2FullForE1L2};

// AccRegMuxSel[0:1]
// 00 -  SReg         # Mac's only
// 01 -  rRegBypass   # RT2RT dependencies. exe2 has Mac or Mult, exe1 has Mac
// 10 -  Unused (vdd) #
// 11 -  gnd          # All Mults
assign PCL_exe2AccRegMuxSel[0] = exeGateZeroToAccReg | LSSD_coreTestEn;
assign PCL_exe2AccRegMuxSel[1] = exeGateZeroToAccReg | exeRpEqexe2RpAddr;

assign PCL_nopStringIndexed_i = ~(EXE_xerTBCNotEqZero | ~exeLSSMIURA_i[2] |
                                ~exeLSSMIURA_i[4]) & (exeLSSMIURA_i[0] | exeLSSMIURA_i[1]);

assign PCL_icuOp[0:3] = exeIcuOp[0:3];

// Issue 210 fix. SBP 08/30/01...JBB 09/24/01
//assign PCL_dcuOp[0:11] = exeDcuOp[0:11];
assign PCL_dcuOp[0:11] = {(exeDcuOp[0] & ~exeStwcxC1), exeDcuOp[1], (exeDcuOp[2] & ~exeStwcxC1), exeDcuOp[3:11]};

assign PCL_dsMmuOp[0:3] = exeDsMmuOp[0:3];


//Suppress=0111 Or NonSuppress=0110 type Op.
assign exeStorageOp = (~exeDsMmuOp[0] & exeDsMmuOp[1] & exeDsMmuOp[2]) &
                       ~exeStwcxC1 ;  // C1 cycle of stwrx for CR update.

assign exeApuFpuOp = PCL_exeApuOp_i | PCL_exeFpuOp_i;

assign exeApuFpuLoad = exeLSSMIURA_i[0] & (PCL_exeApuOp_i | PCL_exeFpuOp_i);

assign exeApuFpuLdSt = (exeLSSMIURA_i[0] | exeLSSMIURA_i[1]) & (PCL_exeApuOp_i | PCL_exeFpuOp_i);

assign exeApRdEn = exeApRdEnL2 | ((exeLSSMIURA_i[0] | exeLSSMIURA_i[1]) & PCL_exeApuOp_i);

assign exeBpRdEn = exeBpRdEnL2 | ((exeLSSMIURA_i[0] | exeLSSMIURA_i[1]) & PCL_exeApuOp_i);

assign PCL_exeStringMultiple = exeLSSMIURA_i[2] | exeLSSMIURA_i[3];

// nopString Load, dcbt/dcbtst, icbt, icbi.
assign PCL_exeDbgRdOp =  (exeLSSMIURA_i[0] & ~PCL_nopStringIndexed_i & ~exeDcuOp[10] & ~exeStrgLS) |
                       exeDcuOp[3] |
                      (~exeIcuOp[1] & ~exeIcuOp[2] & exeIcuOp[3]) |
                      (~exeIcuOp[1] & exeIcuOp[2] & ~exeIcuOp[3]);

// nopString Load
assign PCL_exeDbgLdOp =  (exeLSSMIURA_i[0] & ~PCL_nopStringIndexed_i & ~exeDcuOp[10] & ~exeStrgLS);

// nopString Store, dcbf, dcbst, dcbz, dcbi, dcba.
assign PCL_exeDbgWrOp =  (exeLSSMIURA_i[1] & ~PCL_nopStringIndexed_i & ~(exeStwcxC0 & ~PCL_Rbit) & ~exeStwcxC1) |
                      exeDcuOp[6] | exeDcuOp[7] | exeDcuOp[4] | exeDcuOp[8] | exeDcuOp[5];

// nopString Store.
assign PCL_exeDbgStOp =  (exeLSSMIURA_i[1] & ~PCL_nopStringIndexed_i & ~(exeStwcxC0 & ~PCL_Rbit) & ~exeStwcxC1);

assign exeLoadQ = exeLSSMIURA_i[0] & ~(exeLSSMIURA_i[2] & exeLSSMIURA_i[4] & ~EXE_xerTBCNotEqZero);

assign exeMmuOp = exeDsMmuOp[0] | PCL_tlbRE_i | PCL_tlbWE_i | PCL_tlbSX_i;

assign PCL_exeEaCalc = exeEaCalcL2 | exeLSSMIURA_i[0] | exeLSSMIURA_i[1];

assign exeEaCalc = exeEaCalcL2 | exeLSSMIURA_i[0] | exeLSSMIURA_i[1];

assign countE1 = exeEaCalcL2 | exeLSSMIURA_i[0] | exeLSSMIURA_i[1] | IFB_dcdFull;

endmodule